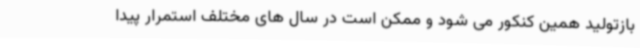
بازتولید همین کنکور می شود و ممکن است در سال های مختلف استمرار پیدا